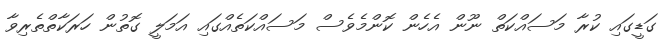
ގަޑީގައި ކުރާ މަސައްކަތް ނޫން އެހެން ކޮންމެވެސް މަސައްކަތެއްގައި އަމަލީ ގޮތުން ހަރަކާތްތެރިވާ